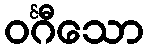
ဝင်္ဂီသော